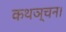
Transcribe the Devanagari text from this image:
कथञ्चन।